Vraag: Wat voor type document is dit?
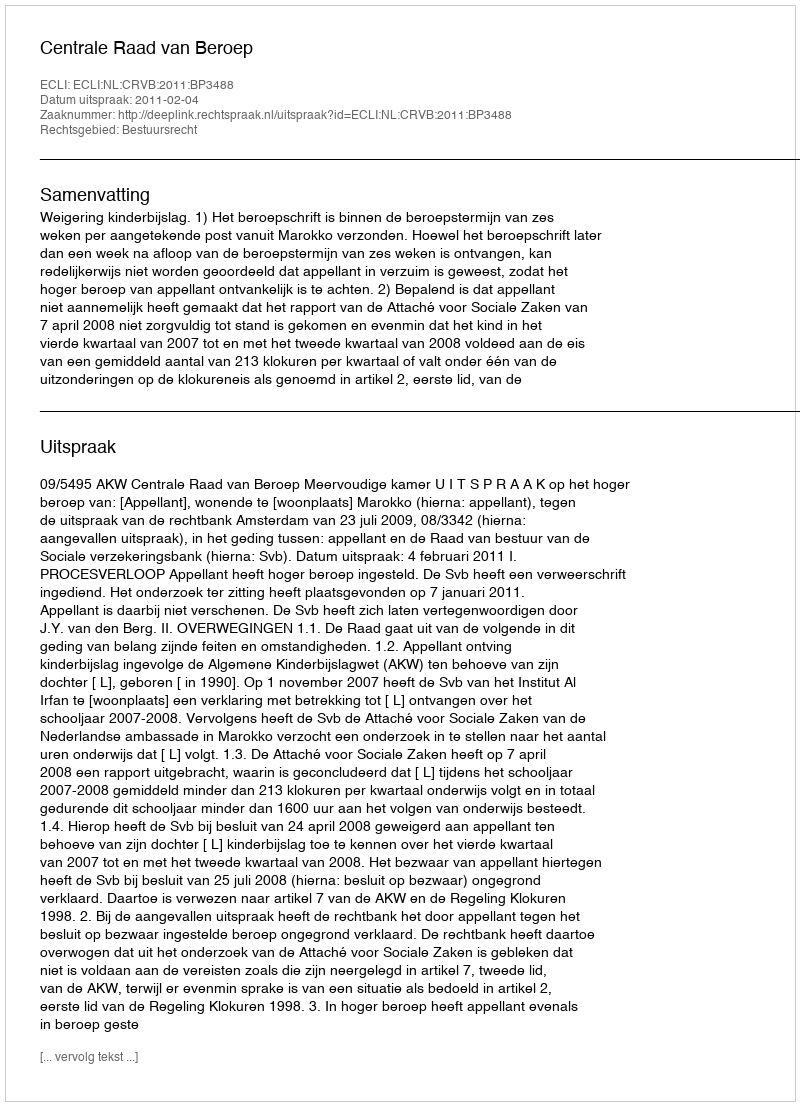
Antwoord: Uitspraak